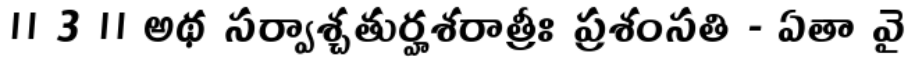
॥ 3 ॥ అథ సర్వాశ్చతుర్హశరాత్రీః ప్రశంసతి - ఏతా వై